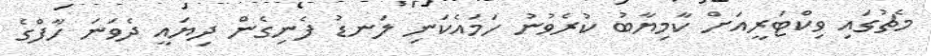
މެޗުގައި ވިކްޓަރީއަށް ކާމިޔާބު ކުރެވުނު ހަމައެކަނި ލަނޑު ފެނިގެން ދިޔައީ ދެވަނަ ހާފްގެ